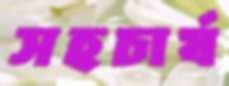
সহচার্য